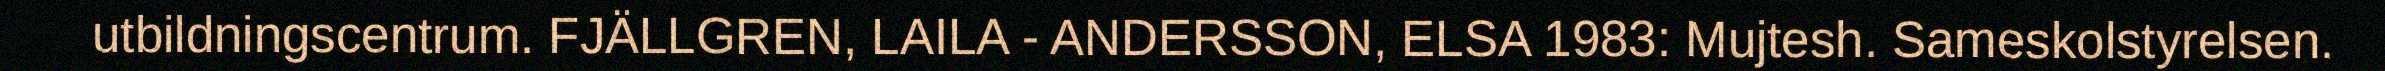
utbildningscentrum. FJÄLLGREN, LAILA - ANDERSSON, ELSA 1983: Mujtesh. Sameskolstyrelsen.